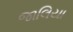
જાલિયા